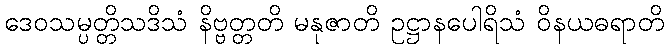
ဒေဝသမ္ပတ္တိသဒိသံ နိဗ္ဗတ္တတိ မနုဇာတိ ဥဋ္ဌာနပေါရိသံ ဝိနယဓရာတိ